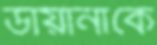
ডায়ানাকে